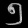
Digit: ၅